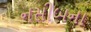
નસીબના